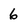
Character: 6